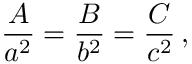
{ \frac { A } { a ^ { 2 } } } = { \frac { B } { b ^ { 2 } } } = { \frac { C } { c ^ { 2 } } } \, ,